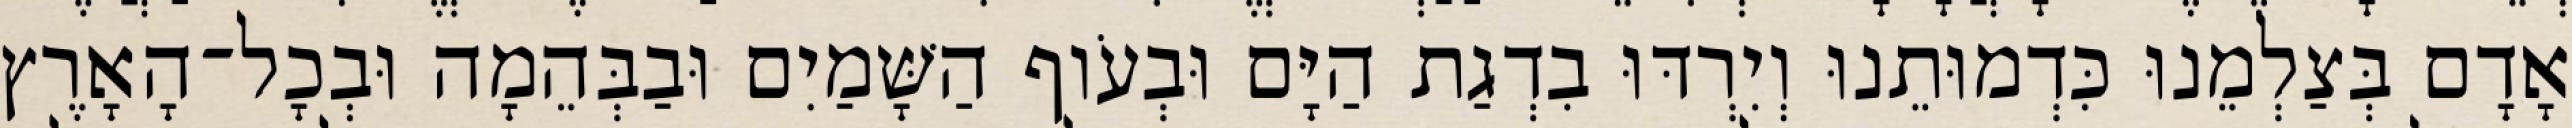
אָדָם בְּצַלְמֵנוּ כִּדְמוּתֵנוּ וְיִרְדּוּ בִדְגַת הַיָּם וּבְעֹוף הַשָּׁמַיִם וּבַבְּהֵמָה וּבְכָל־הָאָרֶץ